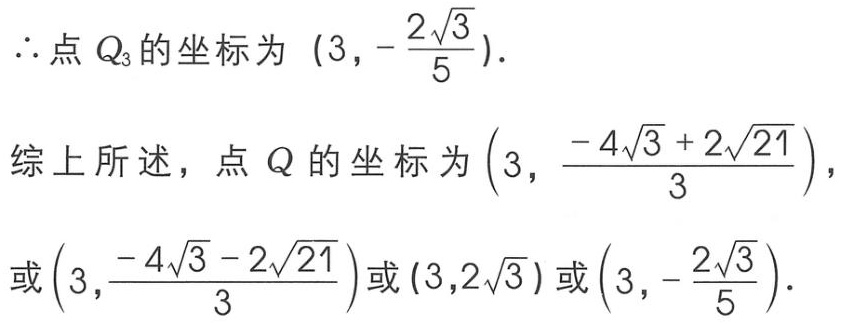
\(\therefore\)点 \(Q_{3}\) 的坐标为 \((3,-\frac{2\sqrt{3}}{5})\).

综上所述，点 \(Q\) 的坐标为 \((3,\frac{-4\sqrt{3}+2\sqrt{21}}{3})\)，

或 \((3,\frac{-4\sqrt{3}-2\sqrt{21}}{3})\)或 \((3,2\sqrt{3})\) 或 \((3,-\frac{2\sqrt{3}}{5})\).